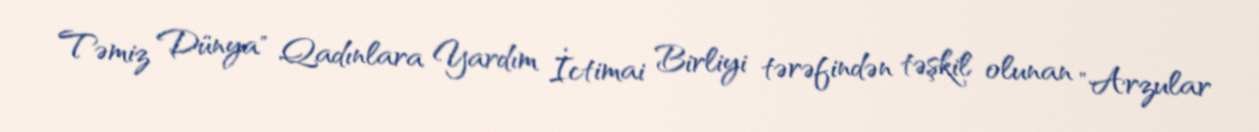
Təmiz Dünya" Qadınlara Yardım İctimai Birliyi tərəfindən təşkil olunan "Arzular